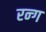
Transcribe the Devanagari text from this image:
रन्ग